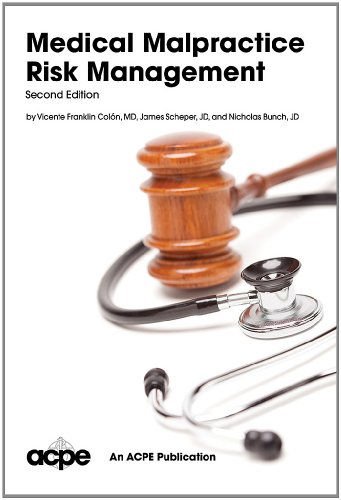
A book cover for Medical Malpractice Risk Management 2nd edition; Vicente Franklin Colon; Law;